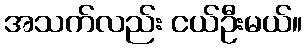
အသက်လည်း ငယ်ဦးမယ်။